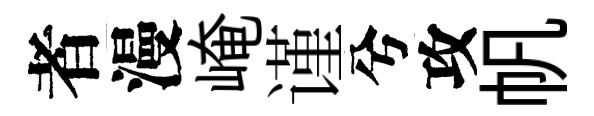
者漫崦谨兮攻帆